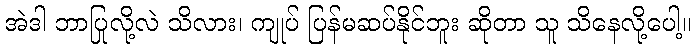
အဲဒါ ဘာပြုလို့လဲ သိလား၊ ကျုပ် ပြန်မဆပ်နိုင်ဘူး ဆိုတာ သူ သိနေလို့ပေါ့။